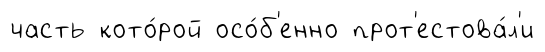
часть кото́рой осо́б'енно прот'естова́л'и